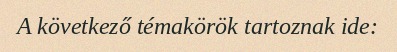
A következő témakörök tartoznak ide: